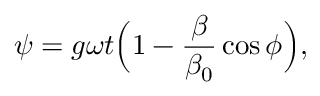
\psi = g \omega t \Big ( 1 - { \frac { \beta } { \beta _ { 0 } } } \cos { \phi } \Big ) ,